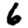
Digit: 6